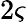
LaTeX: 2\varsigma